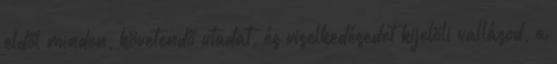
eldől minden, követendő utadat, és viselkedésedet kijelöli vallásod, a